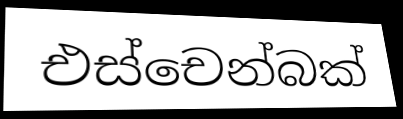
එස්චෙන්බක්